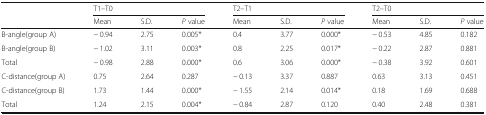
<table><thead><tr><td rowspan="2">[EMPTY_CELL]</td><td colspan="3"><b>T1–T0</b></td><td colspan="3"><b>T2–T1</b></td><td colspan="3"><b>T2–T0</b></td></tr><tr><td><b>Mean</b></td><td><b>S.D.</b></td><td><b><i>P</i> value</b></td><td><b>Mean</b></td><td><b>S.D.</b></td><td><b><i>P</i> value</b></td><td><b>Mean</b></td><td><b>S.D.</b></td><td><b><i>P</i> value</b></td></tr></thead><tbody><tr><td>B-angle(group A)</td><td>− 0.94</td><td>2.75</td><td>0.005*</td><td>0.4</td><td>3.77</td><td>0.000*</td><td>− 0.53</td><td>4.85</td><td>0.182</td></tr><tr><td>B-angle(group B)</td><td>− 1.02</td><td>3.11</td><td>0.003*</td><td>0.8</td><td>2.25</td><td>0.017*</td><td>− 0.22</td><td>2.87</td><td>0.881</td></tr><tr><td>Total</td><td>− 0.98</td><td>2.88</td><td>0.000*</td><td>0.6</td><td>3.06</td><td>0.000*</td><td>− 0.38</td><td>3.92</td><td>0.601</td></tr><tr><td>C-distance(group A)</td><td>0.75</td><td>2.64</td><td>0.287</td><td>− 0.13</td><td>3.37</td><td>0.887</td><td>0.63</td><td>3.13</td><td>0.451</td></tr><tr><td>C-distance(group B)</td><td>1.73</td><td>1.44</td><td>0.000*</td><td>− 1.55</td><td>2.14</td><td>0.014*</td><td>0.18</td><td>1.69</td><td>0.688</td></tr><tr><td>Total</td><td>1.24</td><td>2.15</td><td>0.004*</td><td>− 0.84</td><td>2.87</td><td>0.120</td><td>0.40</td><td>2.48</td><td>0.381</td></tr></tbody></table>